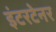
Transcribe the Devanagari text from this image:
इंटरटेनर